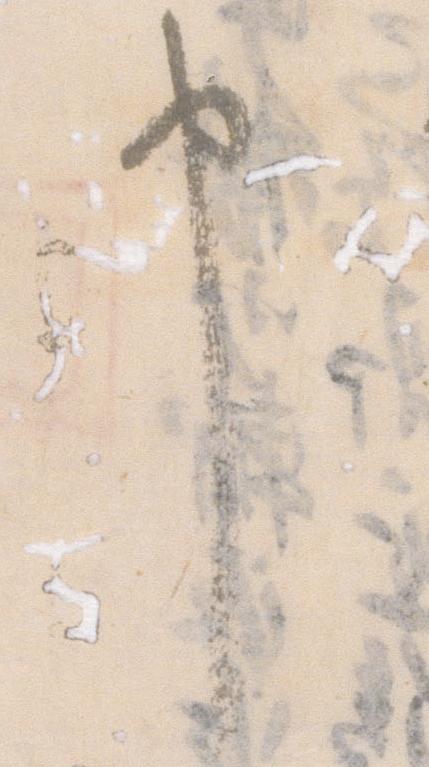
申